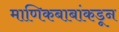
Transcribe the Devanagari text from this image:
माणिकबाबांकडून